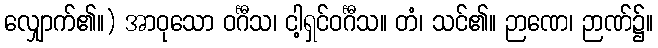
လျှောက်၏။) အာဝုသော ဝင်္ဂီသ၊ ငါ့ရှင်ဝင်္ဂီသ။ တံ၊ သင်၏။ ဉာဏေ၊ ဉာဏ်၌။